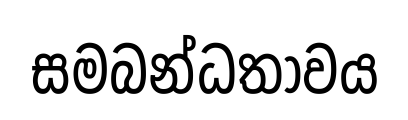
සමබන්ධතාවය